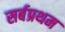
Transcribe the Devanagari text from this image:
सर्बप्रथम